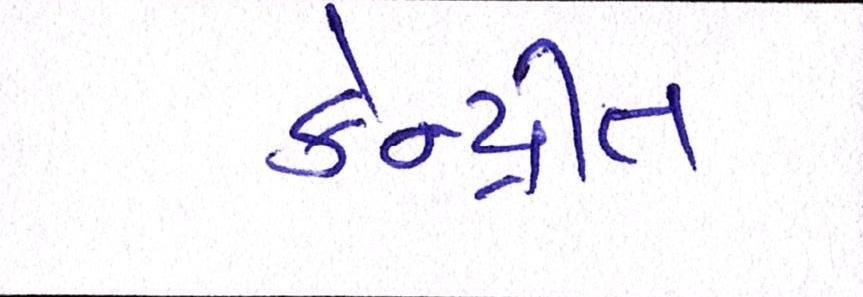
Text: કેન્દ્રીત